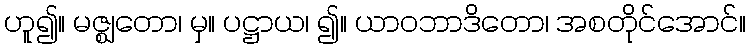
ဟူ၍။ မဇ္ဈတော၊ မှ။ ပဋ္ဌာယ၊ ၍။ ယာဝဘာဒိတော၊ အစတိုင်အောင်။